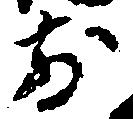
前